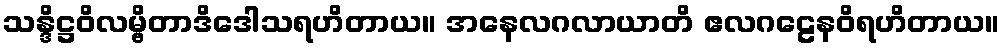
သန္ဒိဋ္ဌဝိလမ္ဗိတာဒိဒေါသရဟိတာယ။ အနေလဂလာယာတိ ဧလဂဠေနဝိရဟိတာယ။